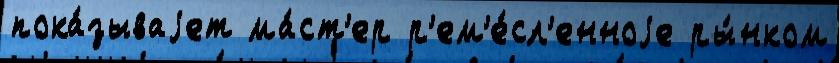
пока́зываjет ма́ст'ер р'ем'е́сл'енноjе ры́нком